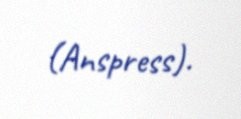
(Anspress).